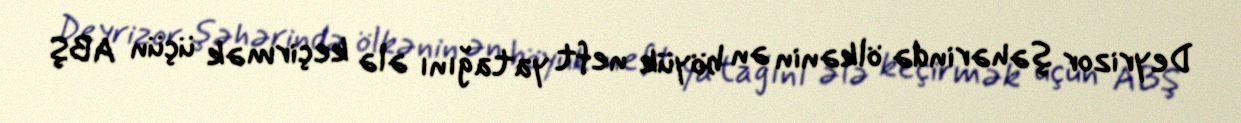
Deyrizor şəhərində ölkənin ən böyük neft yatağını ələ keçirmək üçün ABŞ